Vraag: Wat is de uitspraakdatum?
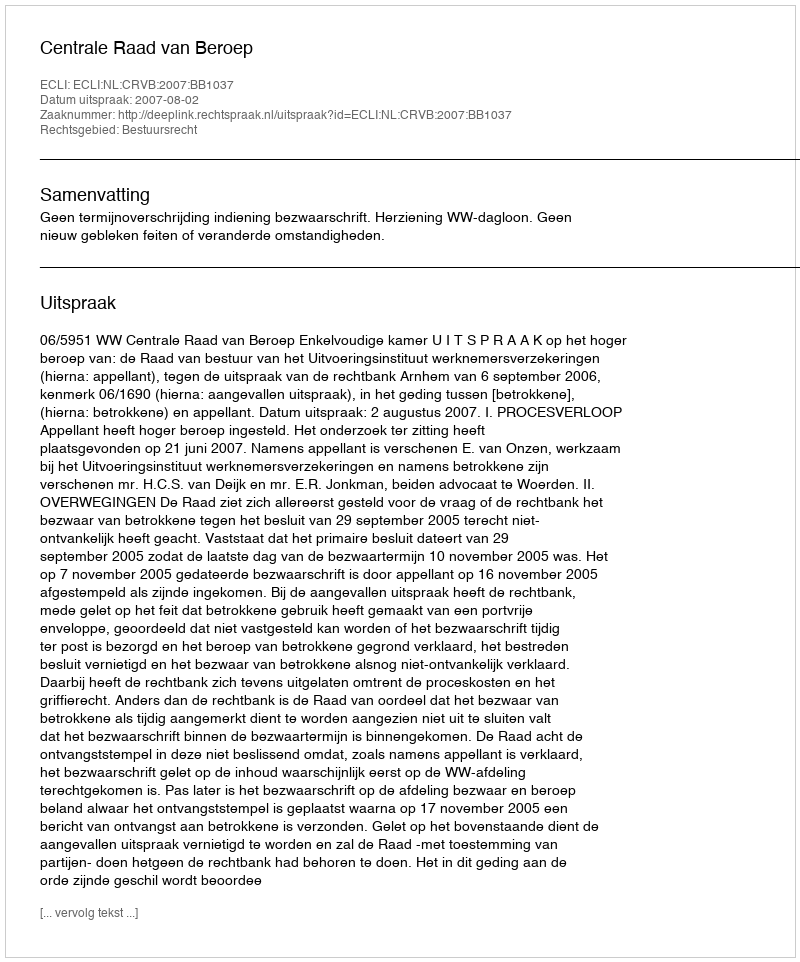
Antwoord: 2007-08-02